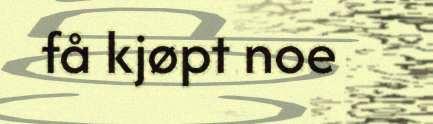
få kjøpt noe